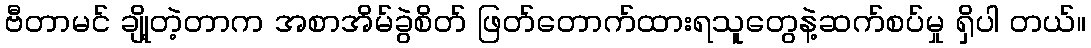
ဗီတာမင် ချို့တဲ့တာက အစာအိမ်ခွဲစိတ် ဖြတ်တောက်ထားရသူတွေနဲ့ဆက်စပ်မှု ရှိပါ တယ်။